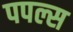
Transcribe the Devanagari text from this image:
पपल्स